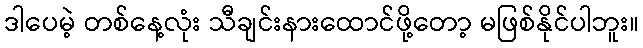
ဒါပေမဲ့ တစ်နေ့လုံး သီချင်းနားထောင်ဖို့တော့ မဖြစ်နိုင်ပါဘူး။